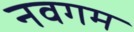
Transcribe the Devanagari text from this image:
नवगम